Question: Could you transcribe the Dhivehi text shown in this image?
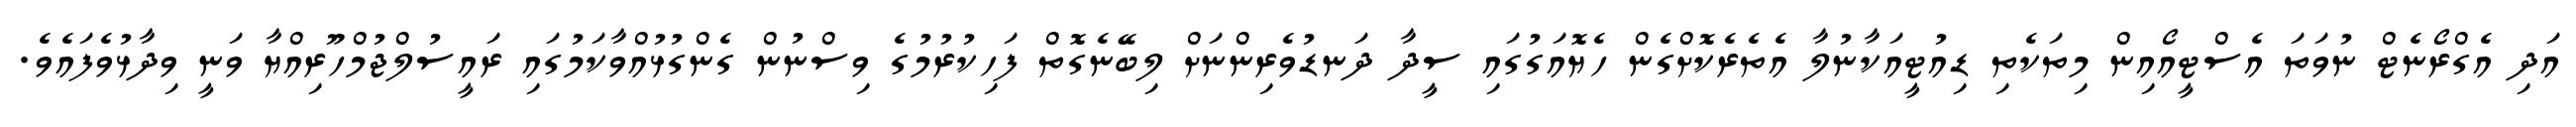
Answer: އަދި އެގްރޯނެޓް ނުވަތަ އެސްޓީއޯއިން މިތަކެތި ޑިއުޓީއަކާނުލާ އެތެރެކޮށްގެން ހެޔޮއަގުގައި ސީދާ ދަނޑުވެރިންނަށް ލިބޭނެގޮތް ފަހިކުރުމުގެ ވިސްނުން ގެންގުޅުއްވާކަމުގައި ރައީސުލްޖުމްހޫރިއްޔާ ވަނީ ވިދާޅުވެފައެވެ.